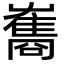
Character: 雟